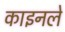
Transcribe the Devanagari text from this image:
काइनले